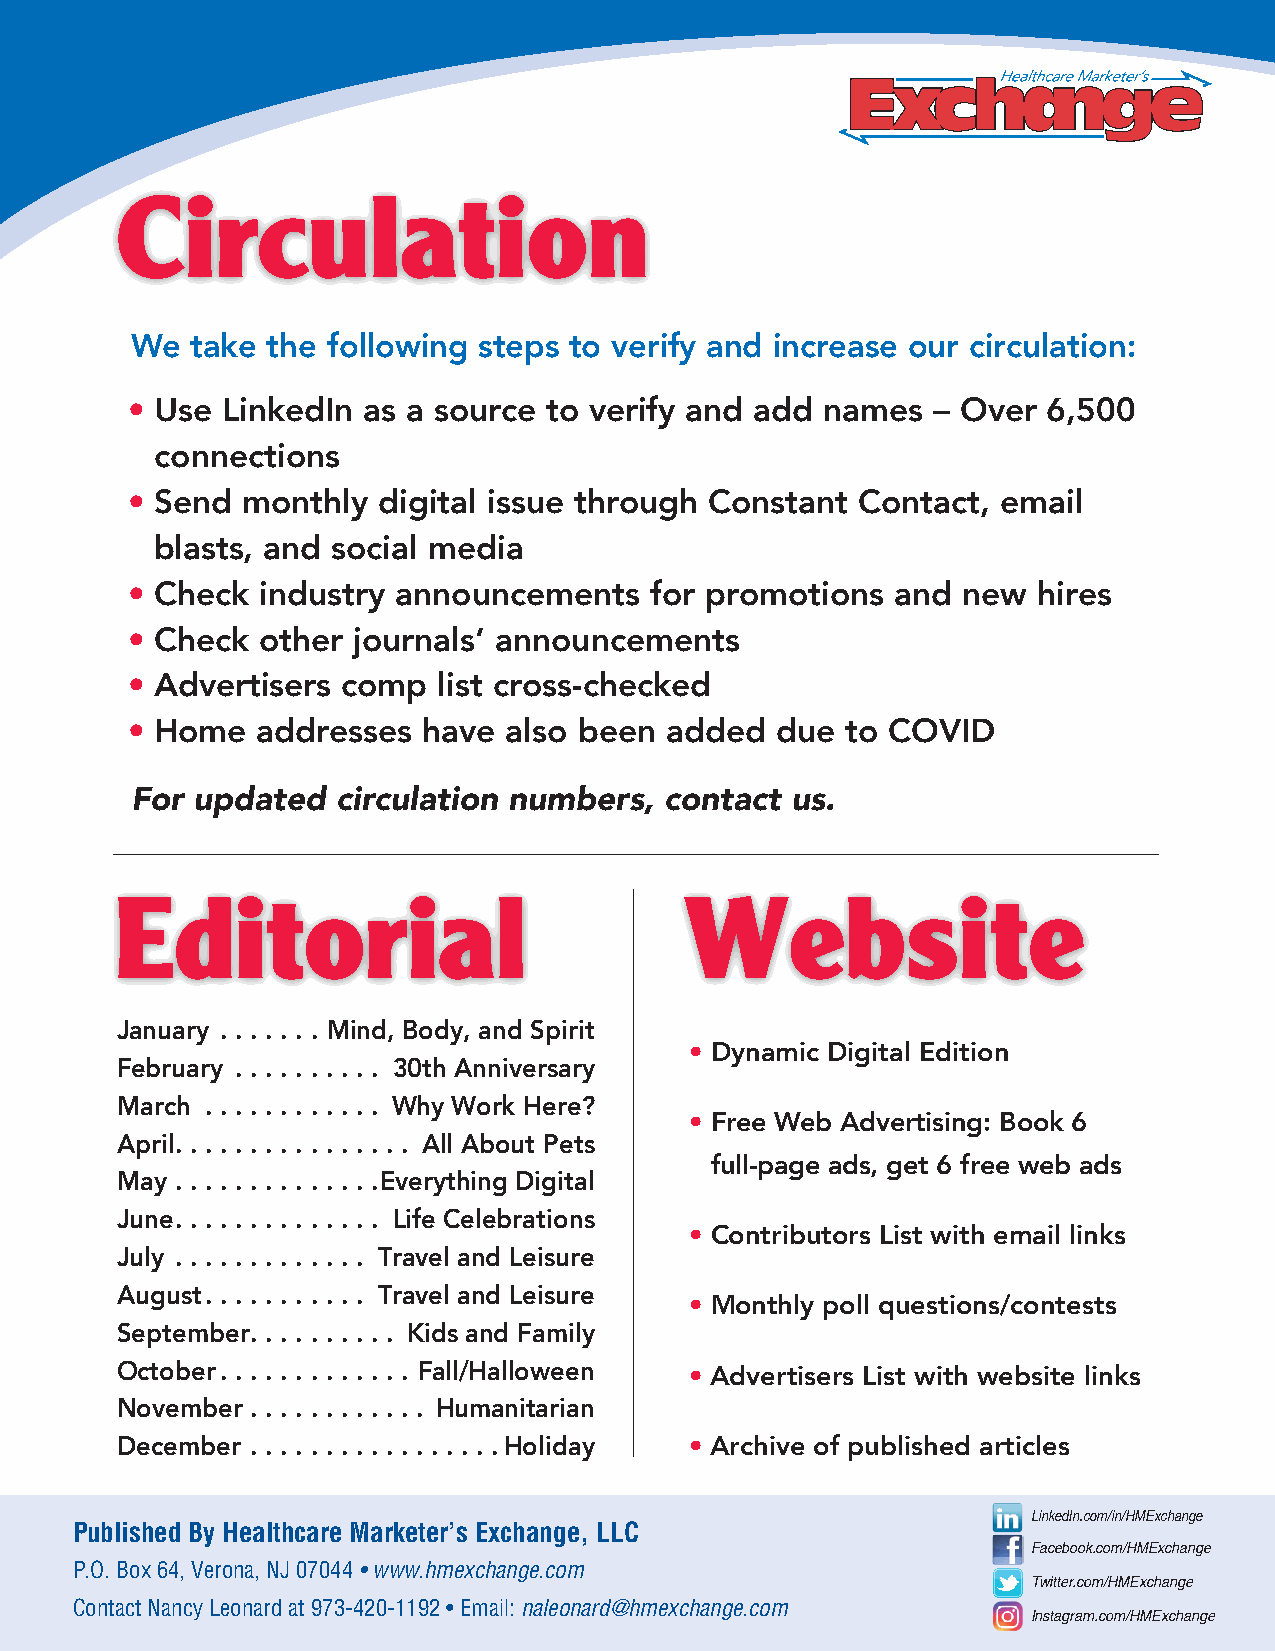
Circulation
 We  take the following steps to verify and increase our circulation:
 • Use  LinkedIn as a source to verify and add  names  – Over 6,500
 connections
 • Send  monthly  digital issue through Constant  Contact, email
 blasts, and social media
 • Check  industry announcements    for promotions  and  new  hires
 • Check  other journals’ announcements
 • Advertisers  comp  list cross-checked
 • Home   addresses  have  also been added  due  to COVID
 For updated  circulation numbers,  contact us.
 Editorial                            Website
 January � � � � � � � Mind, Body, and Spirit
 • Dynamic Digital Edition
 February � � � � � � � � � � 30th Anniversary
 March � � � � � � � � � � � � Why Work Here?
 • Free Web Advertising: Book 6
 April � � � � � � � � � � � � � � � � All About Pets
 full-page ads, get 6 free web ads
 May � � � � � � � � � � � � � �Everything Digital
 June � � � � � � � � � � � � � � Life Celebrations
 • Contributors List with email links
 July � � � � � � � � � � � � � Travel and Leisure
 August � � � � � � � � � � � Travel and Leisure
 • Monthly poll questions/contests
 September � � � � � � � � � � Kids and Family
 October � � � � � � � � � � � � � Fall/Halloween • Advertisers List with website links
 November � � � � � � � � � � � � Humanitarian
 December � � � � � � � � � � � � � � � � �Holiday • Archive of published articles
 LinkedIn.com/in/HMExchange
 Published By Healthcare Marketer’s Exchange, LLC
 Facebook.com/HMExchange
 P.O. Box 64, Verona, NJ 07044 • www.hmexchange.com
 Twitter.com/HMExchange
 Contact Nancy Leonard at 973-420-1192 • Email: naleonard@hmexchange.com
 Instagram.com/HMExchange